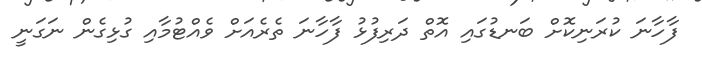
ފާހާނަ ކުރަނިކޮށް ބަނޑުގައި އޮތް ދަރިފުޅު ފާހާނަ ތެރެއަށް ވެއްޓުމާއި ގުޅިގެން ނަގަނީ